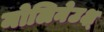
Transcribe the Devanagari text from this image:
मोलिनेउक्ष्